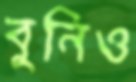
বুনিও